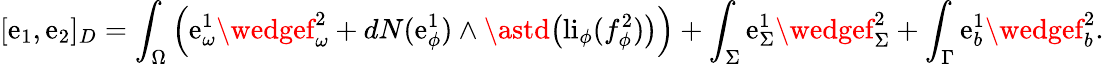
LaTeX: [\mathrm{e}_{1},\mathrm{e}_{2}]_{D}=\int_{\Omega}\Big(\mathrm{e}_{\omega}^{1}\wedgef_{\omega}^{2}+dN(\mathrm{e}_{\phi}^{1})\wedge\astd\big(\mathrm{{li}}_{\phi}(f_{\phi}^{2})\big)\Big)+\int_{\Sigma}\mathrm{e}_{\Sigma}^{1}\wedgef_{\Sigma}^{2}+\int_{\Gamma}\mathrm{e}_{b}^{1}\wedgef_{b}^{2}.